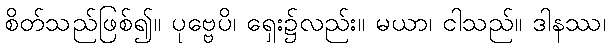
စိတ်သည်ဖြစ်၍။ ပုဗ္ဗေပိ၊ ရှေး၌လည်း။ မယာ၊ ငါသည်။ ဒါနဿ၊